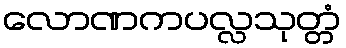
လောဏကပလ္လသုတ္တံ